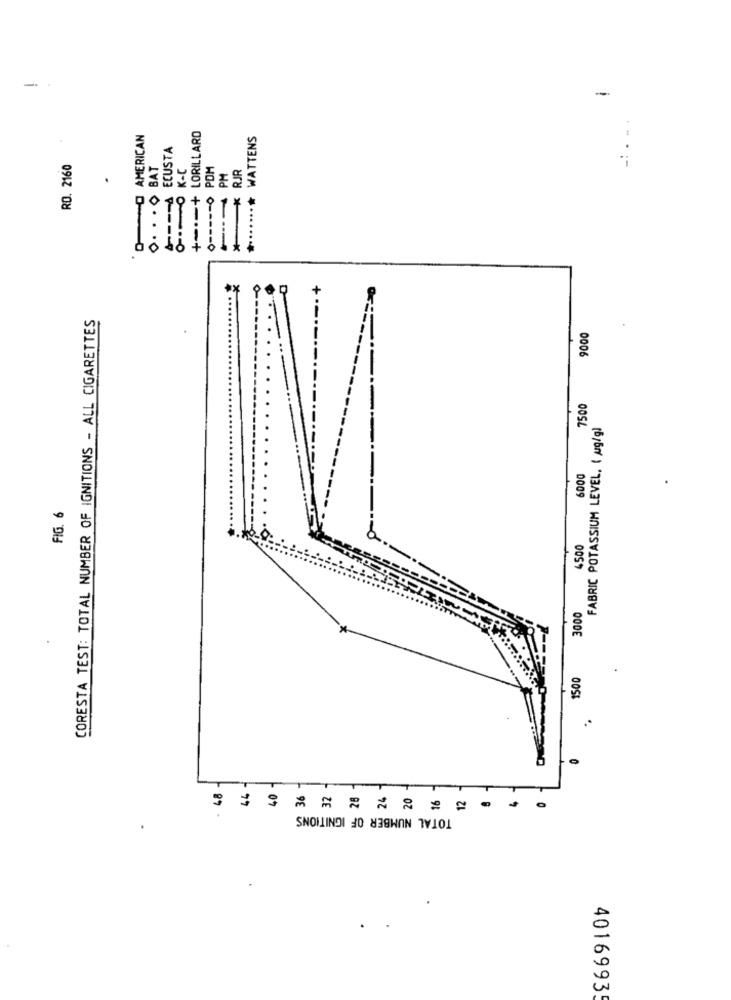
-
-
OO AMERICAN
+ --- + LORILLARD
ECUSTA
-.
RD. 2160
O. . . O BAT
POM
* RJR
*- PM
0 ----- o
*
CORESTA TEST: TOTAL NUMBER OF IGNITIONS - ALL CIGARETTES
9000
7500
FABRIC POTASSIUM LEVEL, ( Mg/g)
6000
FIG. 6
4500
3000
1500
T
2
TOTAL NUMBER OF IGNITIONS
40169935